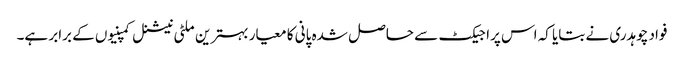
فواد چوہدری نے بتایا کہ اس پراجیکٹ سے حاصل شدہ پانی کا معیار بہترین ملٹی نیشنل کمپنیوں کے برابر ہے۔